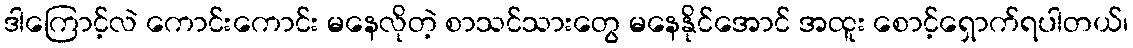
ဒါကြောင့်လဲ ကောင်းကောင်း မနေလိုတဲ့ စာသင်သားတွေ မနေနိုင်အောင် အထူး စောင့်ရှောက်ရပါတယ်၊